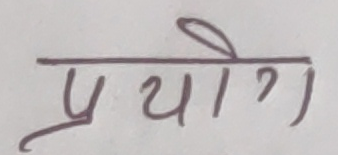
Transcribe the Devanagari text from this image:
प्रयोग